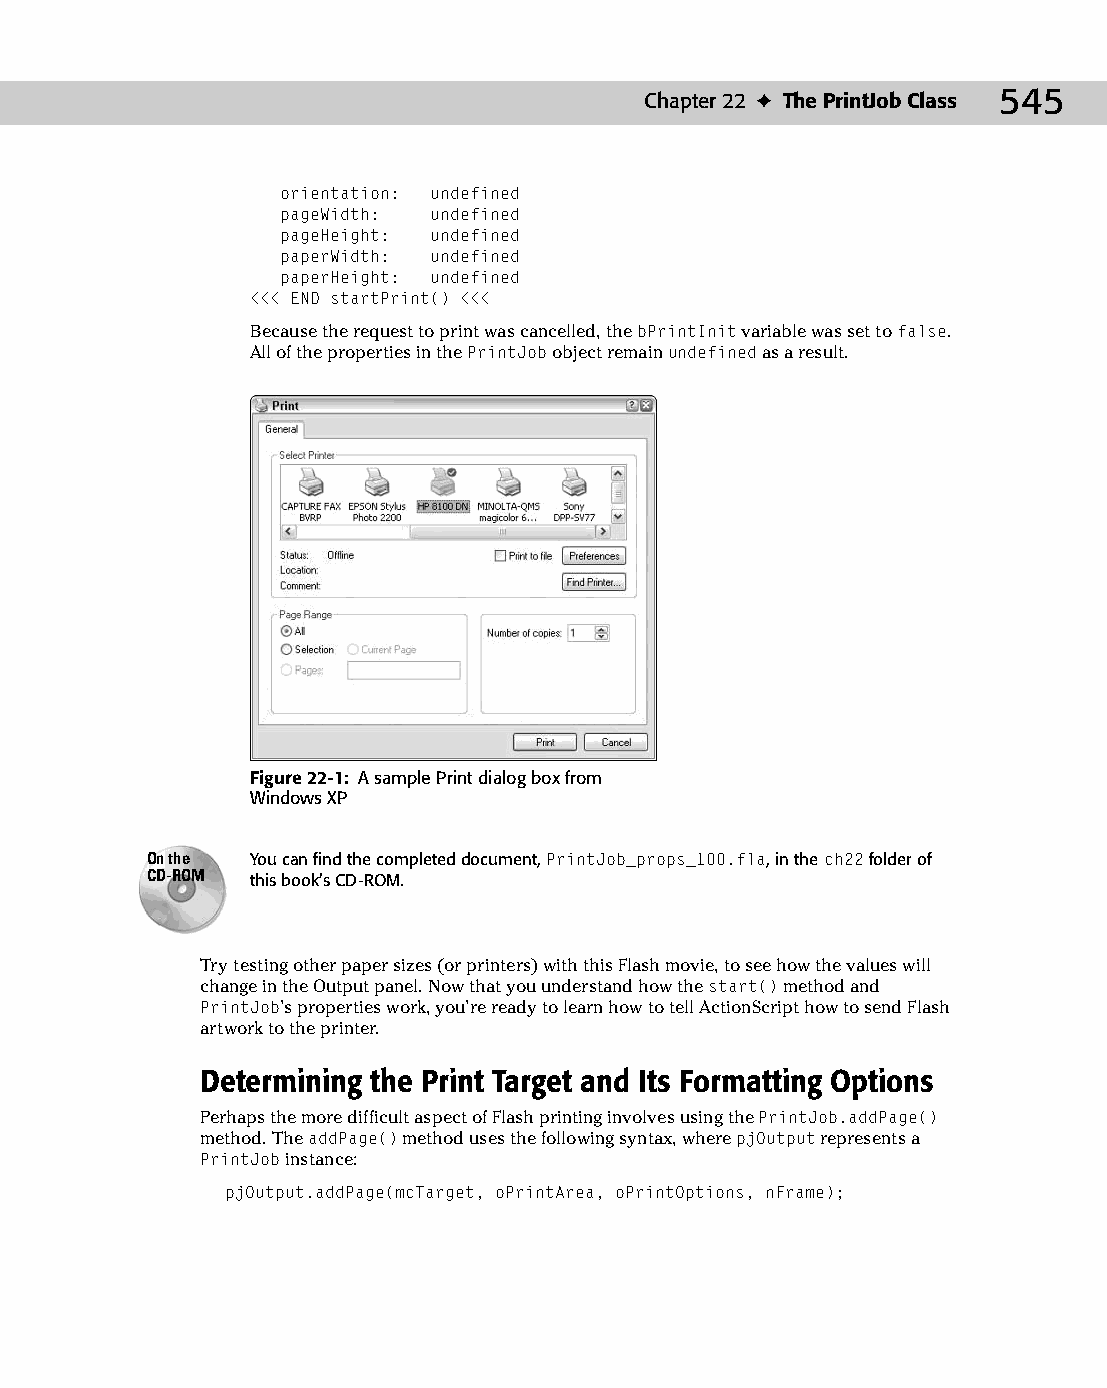
28 543547 ch22.qxd 3/24/04 4:09 PM Page 545
 Chapter 22 ✦ The PrintJob Class 545
 orientation: undefined
 pageWidth: undefined
 pageHeight: undefined
 paperWidth: undefined
 paperHeight: undefined
 <<< END startPrint() <<<
 Because the request to print was cancelled, the bPrintInit variable was set to false.
 All of the properties in the PrintJob object remain undefined as a result.
 Figure 22-1: A sample Print dialog box from
 Windows XP
 On the You can find the completed document, PrintJob_props_100.fla, in the ch22 folder of
 CD-ROM this book’s CD-ROM.
 Try testing other paper sizes (or printers) with this Flash movie, to see how the values will
 change in the Output panel. Now that you understand how the start() method and
 PrintJob’s properties work, you’re ready to learn how to tell ActionScript how to send Flash
 artwork to the printer.
 Determining the Print Target and Its Formatting Options
 Perhaps the more difficult aspect of Flash printing involves using the PrintJob.addPage()
 method. The addPage() method uses the following syntax, where pjOutput represents a
 PrintJob instance:
 pjOutput.addPage(mcTarget, oPrintArea, oPrintOptions, nFrame);